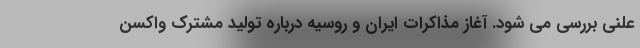
علنی بررسی می شود. آغاز مذاکرات ایران و روسیه درباره تولید مشترک واکسن